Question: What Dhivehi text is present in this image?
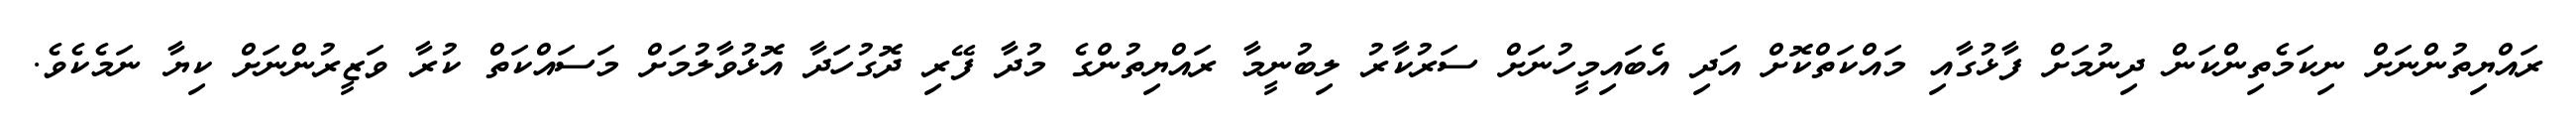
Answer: ރައްޔިތުންނަށް ނިކަމެތިންކަން ދިނުމަށް ފާޅުގާއި މައްކަތްކޮށް އަދި އެބައިމީހުނަށް ސަރުކާރު ލިބުނީމާ ރައްޔިތުންގެ މުދާ ފޭރި ދޮގުހަދާ އޮޅުވާލުމަށް މަސައްކަތް ކުރާ ވަޒީރުންނަށް ކިޔާ ނަމެކެވެ.